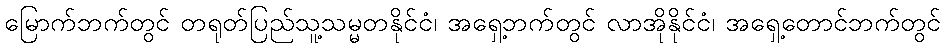
မြောက်ဘက်တွင် တရုတ်ပြည်သူ့သမ္မတနိုင်ငံ၊ အရှေ့ဘက်တွင် လာအိုနိုင်ငံ၊ အရှေ့တောင်ဘက်တွင်